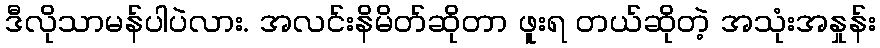
ဒီလိုသာမန်ပါပဲလား. အလင်းနိမိတ်ဆိုတာ ဖူးရ တယ်ဆိုတဲ့ အသုံးအနှုန်း